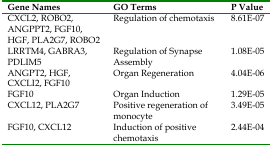
<table><thead><tr><td><b>Gene Names</b></td><td><b>GO Terms</b></td><td><b>P Value</b></td></tr></thead><tbody><tr><td>CXCL2, ROBO2, ANGPPT2, FGF10, HGF, PLA2G7, ROBO2</td><td>Regulation of chemotaxis</td><td>8.61E-07</td></tr><tr><td>LRRTM4, GABRA3, PDLIM5</td><td>Regulation of Synapse Assembly</td><td>1.08E-05</td></tr><tr><td>ANGPT2, HGF, CXCLI2, FGF10</td><td>Organ Regeneration</td><td>4.04E-06</td></tr><tr><td>FGF10</td><td>Organ Induction</td><td>1.29E-05</td></tr><tr><td>CXCL12, PLA2G7</td><td>Positive regeneration of monocyte</td><td>3.49E-05</td></tr><tr><td>FGF10, CXCL12</td><td>Induction of positive chemotaxis</td><td>2.44E-04</td></tr></tbody></table>